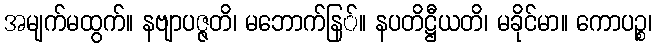
အမျက်မထွက်။ နဗျာပဇ္ဇတိ၊ မဘောက်နြ်။ နပတိဋ္ဌီယတိ၊ မခိုင်မာ။ ကောပဉ္စ၊